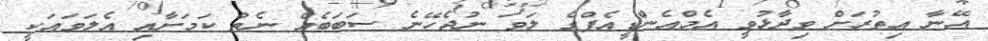
އޭނާ އިތުރަށް ވިދާޅުވީ އެމްއެންޑީއެފްގެ ލަވަ ނުޖެހޭނެ ސަބަބެއް ނެތް ކަމަށާއި އެލަވައަކީ